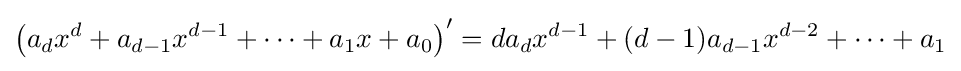
\left(a_{d}x^{d}+a_{d-1}x^{d-1}+\cdots +a_{1}x+a_{0}\right)'=da_{d}x^{d-1}+(d-1)a_{d-1}x^{d-2}+\cdots +a_{1}